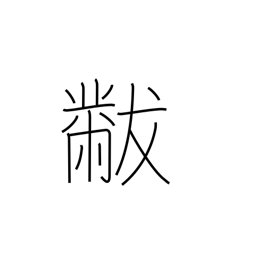
Meaning: lap robe